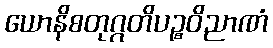
ယောနိစတုဂ္ဂတိပဉ္စဝိညာဏံ